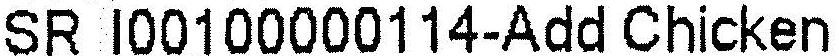
SR I00100000114-ADD CHICKEN